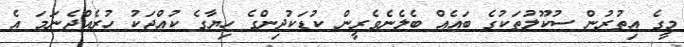
މީގެ އިތުރުން ސުކޫލުތަކުގެ ބައެއް ބެލެނެވެރީން ކުޑަކުދިންގެ ހިޔާގެ ކުއްޖަކު ހުރެއްޖެނަމަ އެ